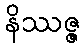
နိဿဇ္ဇ